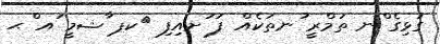
ގުޅިގެ ްނ ތަމްރީ ުނތަކެއް ފަ ަށއިފި 	ކޕ ާޝމީ ައ ްޙ